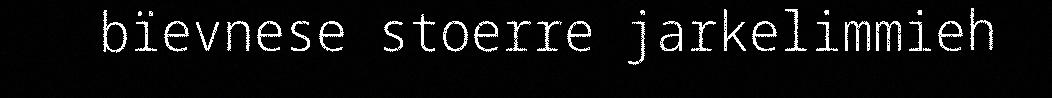
bïevnese stoerre jarkelimmieh